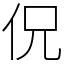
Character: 㑆